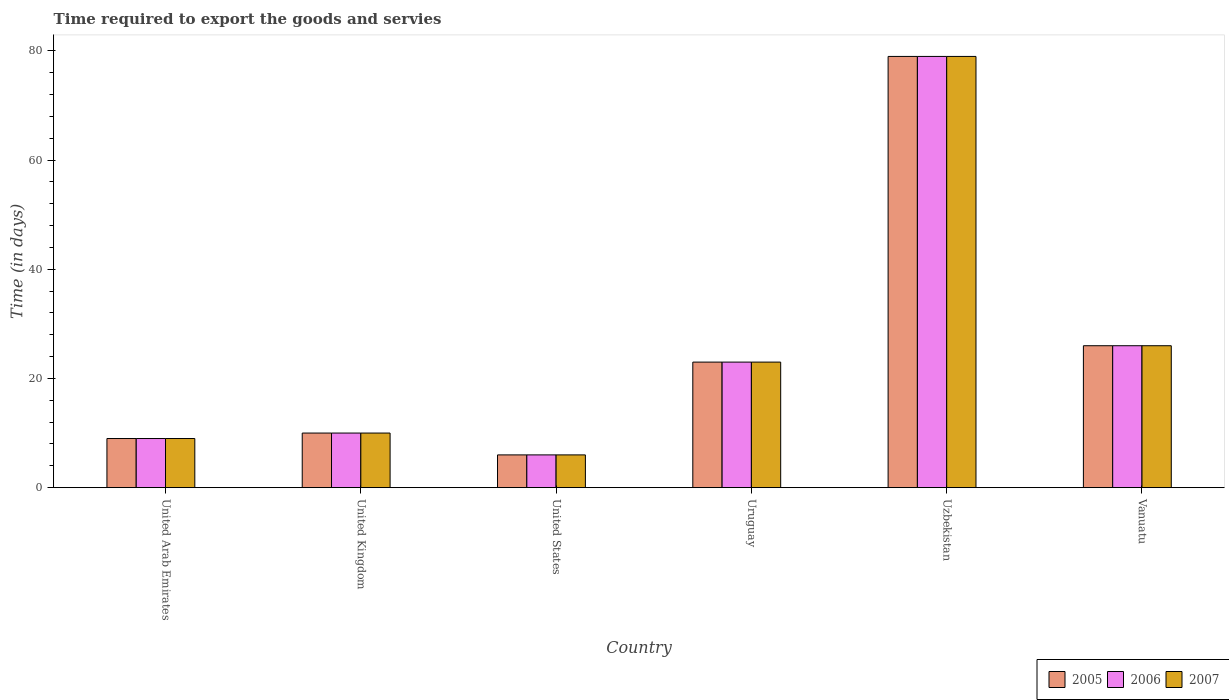
| Country | 2005 | 2006 | 2007 |
 | --- | --- | --- | --- |
 | United Arab Emirates | 9 | 9 | 9 |
 | United Kingdom | 10 | 10 | 10 |
 | United States | 6 | 6 | 6 |
 | Uruguay | 23 | 23 | 23 |
 | Uzbekistan | 79 | 79 | 79 |
 | Vanuatu | 26 | 26 | 26 |